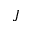
J